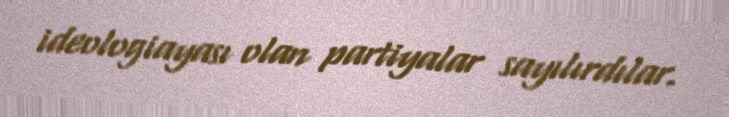
ideologiayası olan partiyalar sayılırdılar.